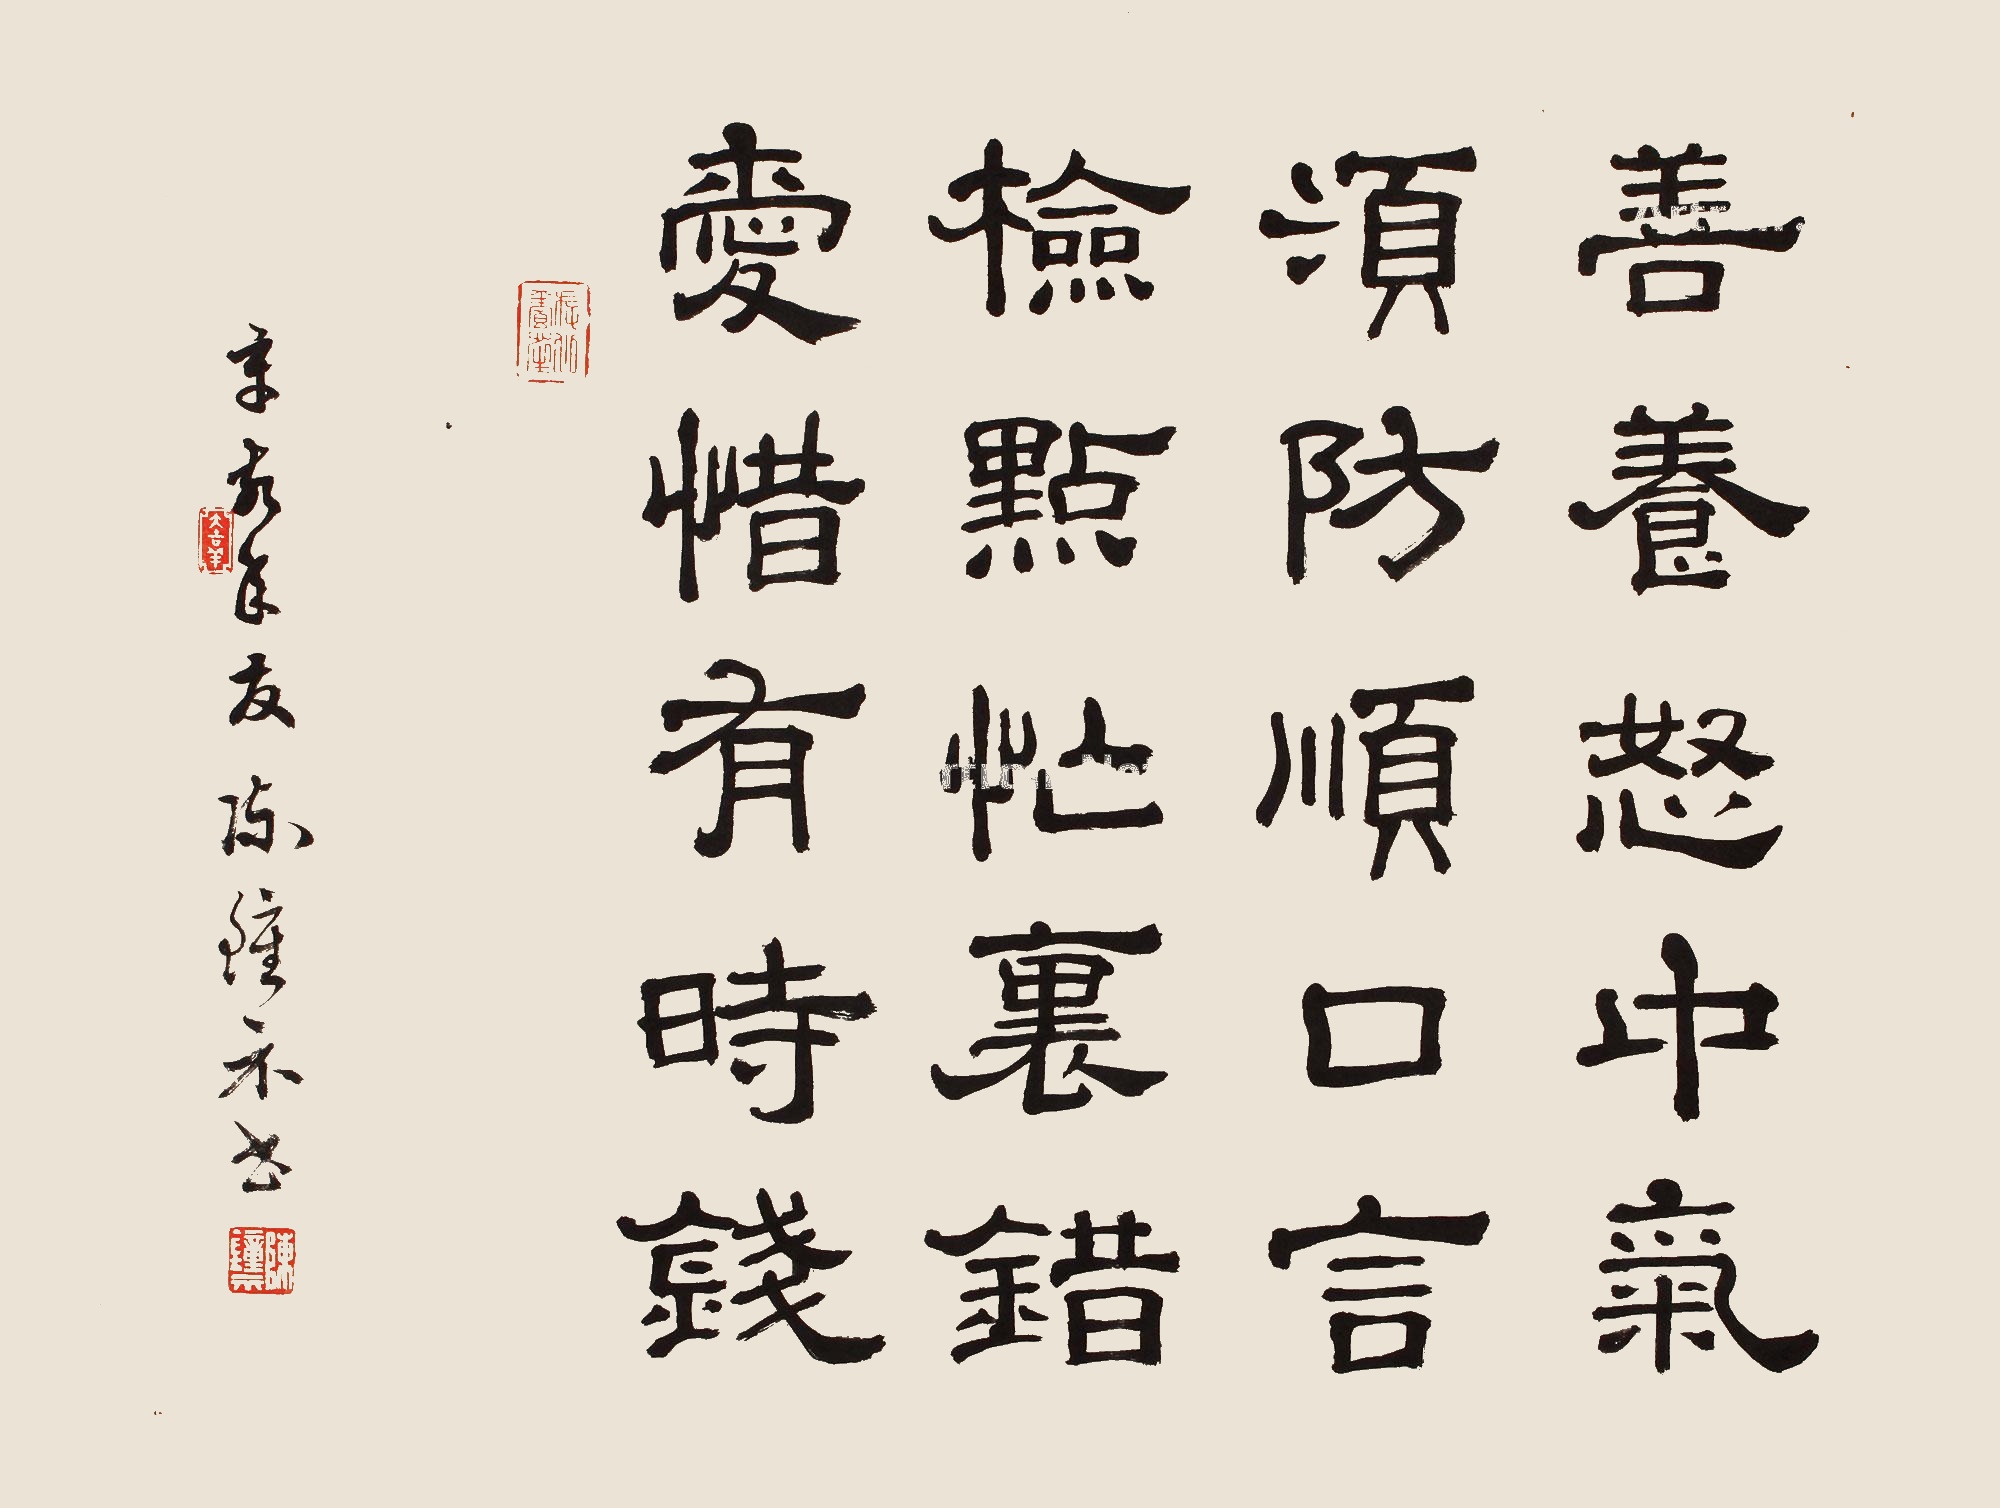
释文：善养怒中气，须防顺口言。检点忙里错，爱惜有时钱。章家年友，陈钟示书。